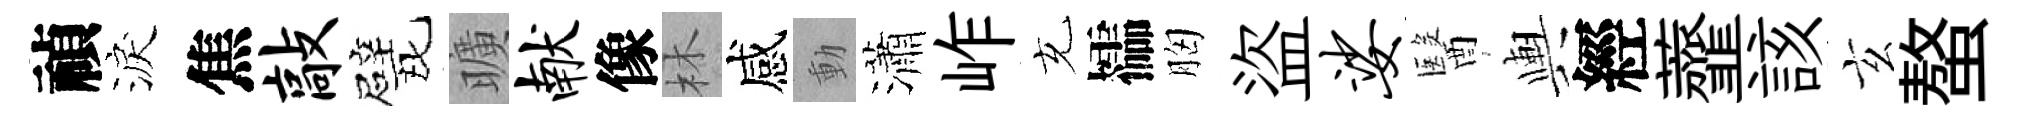
禎淚焦敲戏曠献像林感動瀟岞充櫺胸盜娑醫輿經虀該玄螯